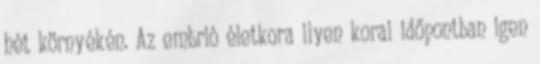
hét környékén. Az embrió életkora ilyen korai időpontban igen